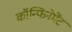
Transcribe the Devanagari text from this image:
कॉन्फिनेमेंट